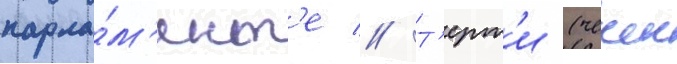
парла́м'ент'е // Т'ерт'и (чечен